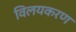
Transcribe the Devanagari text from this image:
विलयकरण